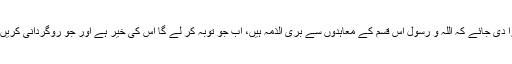
ہدایت ہوئی کہ حج اکبر کے دن یہ منادی کرا دی جائے کہ اللہ و رسولؐ اس قسم کے معاہدوں سے بری الذمہ ہیں، اب جو توبہ کر لے گا اس کی خیر ہے اور جو روگردانی کریں گے وہ اللہ کی پکڑ سے نہیں بچ سکیں گے۔